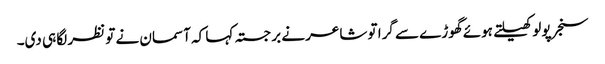
سنجر پولو کھیلتے ہوئے گھوڑے سے گرا تو شاعر نے برجستہ کہا کہ آسمان نے تو نظر لگا ہی دی۔